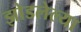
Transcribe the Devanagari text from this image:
झोडलेल्या